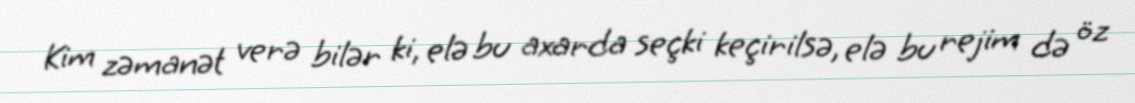
Kim zəmanət verə bilər ki, elə bu axarda seçki keçirilsə, elə bu rejim də öz